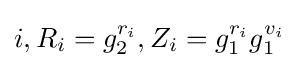
i,R_{i}=g_{2}^{r_{i}},Z_{i}=g_{1}^{r_{i}}g_{1}^{v_{i}}